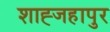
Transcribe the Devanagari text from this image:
शाह्जहापुर